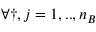
\forall \dag , j = 1 , . . , n _ { B }